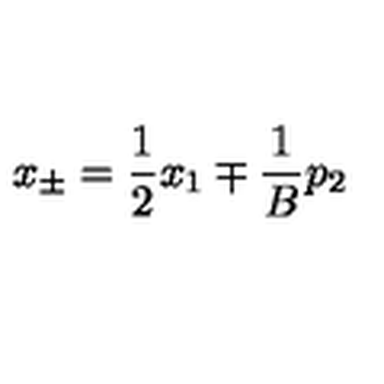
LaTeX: x _ { \pm } = \frac { 1 } { 2 } x _ { 1 } \mp \frac { 1 } { B } p _ { 2 }